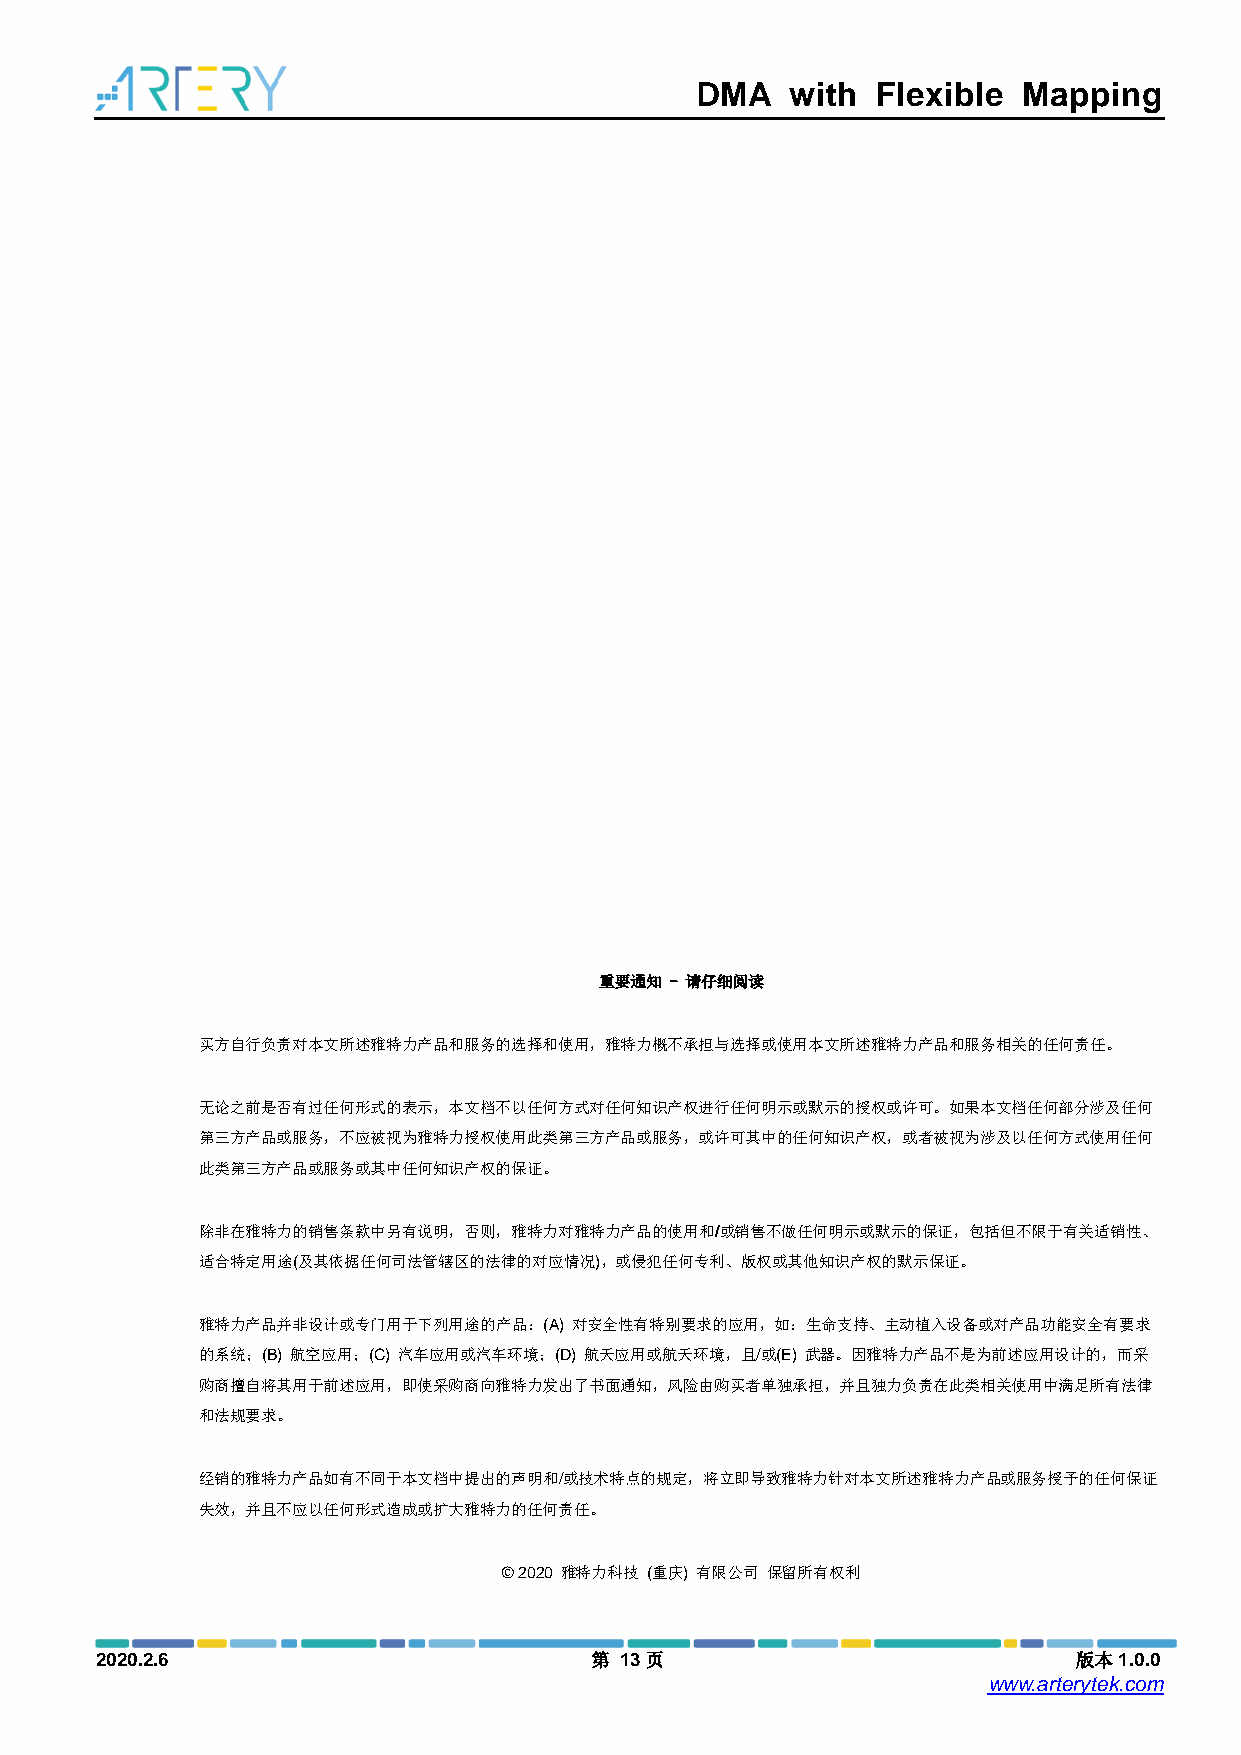
DMA   with  Flexible  Mapping
 重要通知 - 请仔细阅读
 买方自行负责对本文所述雅特力产品和服务的选择和使用，雅特力概不承担与选择或使用本文所述雅特力产品和服务相关的任何责任。
 无论之前是否有过任何形式的表示，本文档不以任何方式对任何知识产权进行任何明示或默示的授权或许可。如果本文档任何部分涉及任何
 第三方产品或服务，不应被视为雅特力授权使用此类第三方产品或服务，或许可其中的任何知识产权，或者被视为涉及以任何方式使用任何
 此类第三方产品或服务或其中任何知识产权的保证。
 除非在雅特力的销售条款中另有说明，否则，雅特力对雅特力产品的使用和/或销售不做任何明示或默示的保证，包括但不限于有关适销性、
 适合特定用途(及其依据任何司法管辖区的法律的对应情况)，或侵犯任何专利、版权或其他知识产权的默示保证。
 雅特力产品并非设计或专门用于下列用途的产品：(A) 对安全性有特别要求的应用，如：生命支持、主动植入设备或对产品功能安全有要求
 的系统；(B) 航空应用；(C) 汽车应用或汽车环境；(D) 航天应用或航天环境，且/或(E) 武器。因雅特力产品不是为前述应用设计的，而采
 购商擅自将其用于前述应用，即使采购商向雅特力发出了书面通知，风险由购买者单独承担，并且独力负责在此类相关使用中满足所有法律
 和法规要求。
 经销的雅特力产品如有不同于本文档中提出的声明和/或技术特点的规定，将立即导致雅特力针对本文所述雅特力产品或服务授予的任何保证
 失效，并且不应以任何形式造成或扩大雅特力的任何责任。
 © 2020 雅特力科技 (重庆) 有限公司 保留所有权利
 2020.2.6                         第 13页                           版本1.0.0
 www.arterytek.com